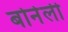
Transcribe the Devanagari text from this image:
बोनेली